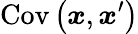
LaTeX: \operatorname{Cov}\left(\boldsymbol{x},\boldsymbol{x}^{\prime}\right)